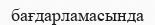
бағдарламасында